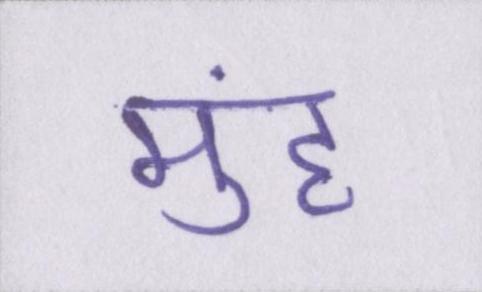
मुंह